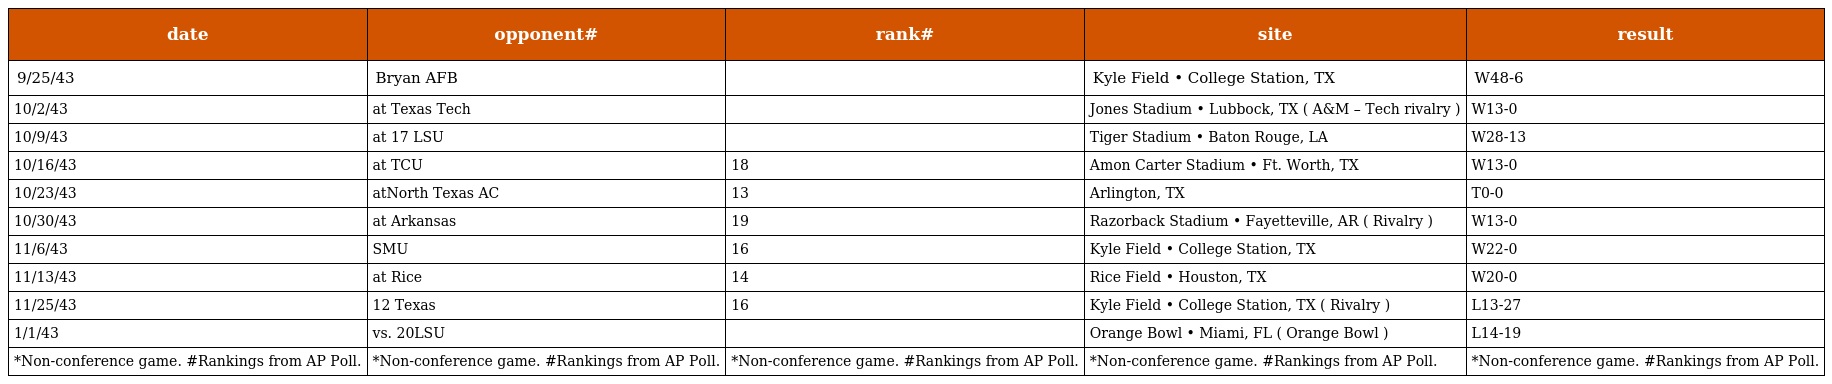
| date | opponent# | rank# | site | result |
 | --- | --- | --- | --- | --- |
 | 9/25/43 | Bryan AFB |  | Kyle Field • College Station, TX | W48-6 |
 | 10/2/43 | at Texas Tech |  | Jones Stadium • Lubbock, TX ( A&M – Tech rivalry ) | W13-0 |
 | 10/9/43 | at 17 LSU |  | Tiger Stadium • Baton Rouge, LA | W28-13 |
 | 10/16/43 | at TCU | 18 | Amon Carter Stadium • Ft. Worth, TX | W13-0 |
 | 10/23/43 | atNorth Texas AC | 13 | Arlington, TX | T0-0 |
 | 10/30/43 | at Arkansas | 19 | Razorback Stadium • Fayetteville, AR ( Rivalry ) | W13-0 |
 | 11/6/43 | SMU | 16 | Kyle Field • College Station, TX | W22-0 |
 | 11/13/43 | at Rice | 14 | Rice Field • Houston, TX | W20-0 |
 | 11/25/43 | 12 Texas | 16 | Kyle Field • College Station, TX ( Rivalry ) | L13-27 |
 | 1/1/43 | vs. 20LSU |  | Orange Bowl • Miami, FL ( Orange Bowl ) | L14-19 |
 | *Non-conference game. #Rankings from AP Poll. | *Non-conference game. #Rankings from AP Poll. | *Non-conference game. #Rankings from AP Poll. | *Non-conference game. #Rankings from AP Poll. | *Non-conference game. #Rankings from AP Poll. |